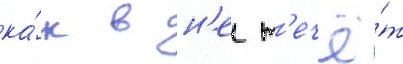
ка́к в н'еи т'ечё́т